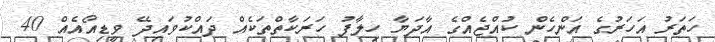
ހަތަރު އަހަރުގެ އަންހެން ކުއްޖެއްގެ އާދަޔާ ހިލާފު ހަރަކާތްތަކެއް ދައްކުވައިދޭ ވީޑިއޯއެއް 40